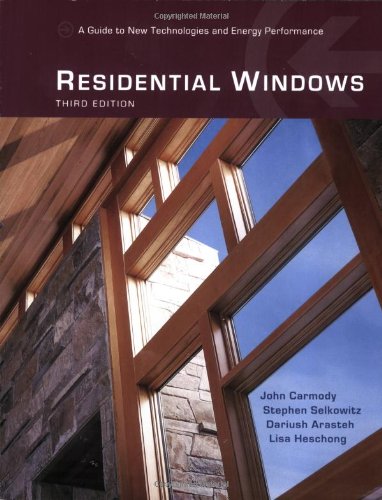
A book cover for Residential Windows: A Guide to New Technologies and Energy Performance (Third Edition); Dariush Arasteh; Crafts, Hobbies & Home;